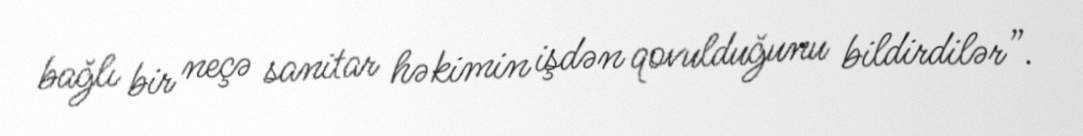
bağlı bir neçə sanitar həkimin işdən qovulduğunu bildirdilər”.